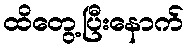
ထိတွေ့ပြီးနောက်